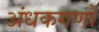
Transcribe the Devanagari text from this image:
अंधकगणों